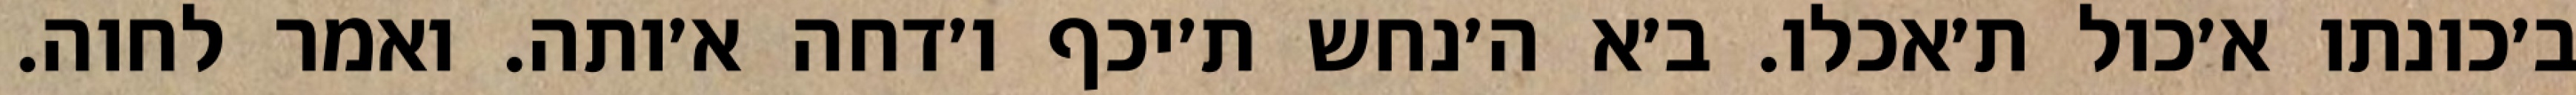
ב׳כונתו א׳כול ת׳אכלו. ב׳א ה׳נחש ת׳יכף ו׳דחה א׳ותה. ואמר לחוה.